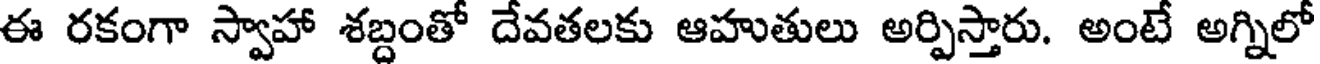
ఈ రకంగా స్వాహా శబ్దంతో దేవతలకు ఆహుతులు అర్పిస్తారు. అంటే అగ్నిలో